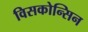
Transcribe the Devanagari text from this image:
विसकोन्सिन